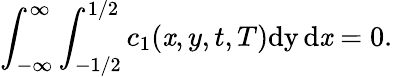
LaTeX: \int_{-\infty}^{\infty}\int_{-1/2}^{1/2}c_{1}(\mathit{x},y,t,T)\mathrm{{dy\, d\mathit{x}}}=0.